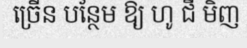
ច្រើន បន្ថែម ឱ្យ ហូ ជី មិញ